38_143685_box_Incident_Summaries_101-172
Agency: Department of War
Page 171
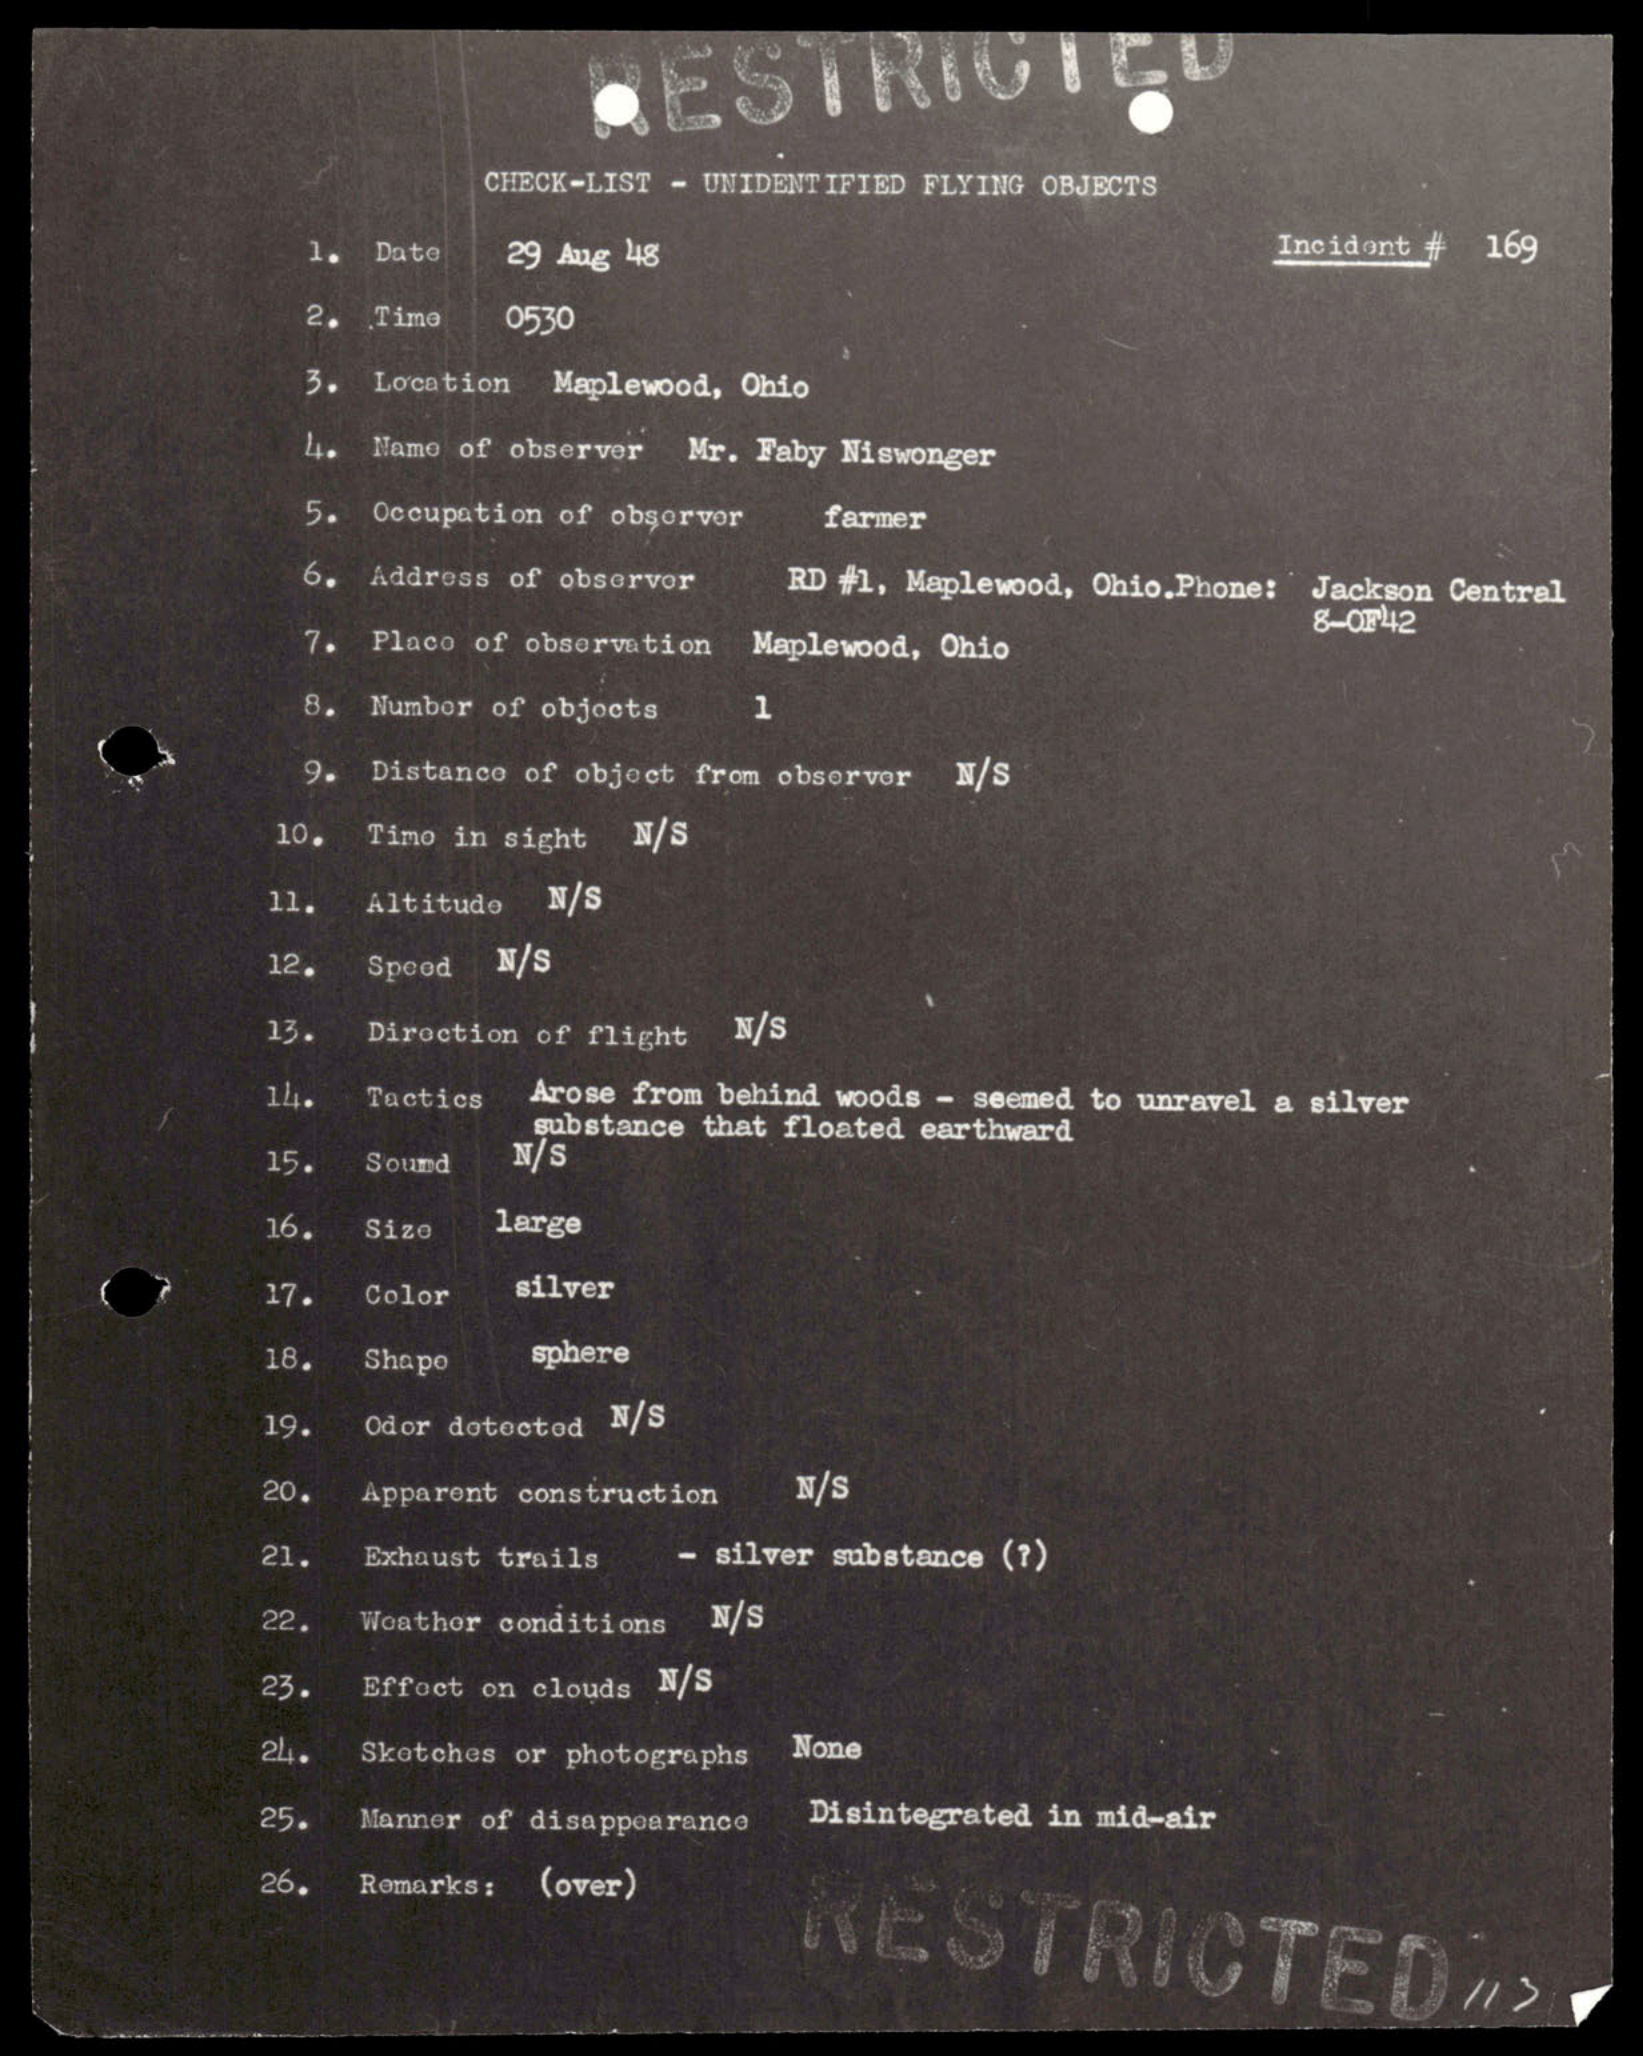